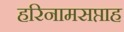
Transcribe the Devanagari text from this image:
हरिनामसप्ताह